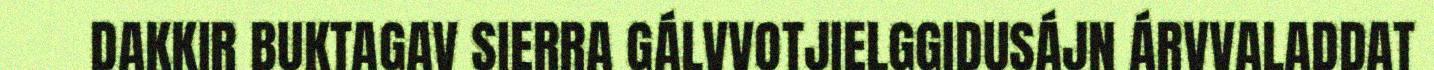
DAKKIR BUKTAGAV SIERRA GÁLVVOTJIELGGIDUSÁJN ÁRVVALADDAT